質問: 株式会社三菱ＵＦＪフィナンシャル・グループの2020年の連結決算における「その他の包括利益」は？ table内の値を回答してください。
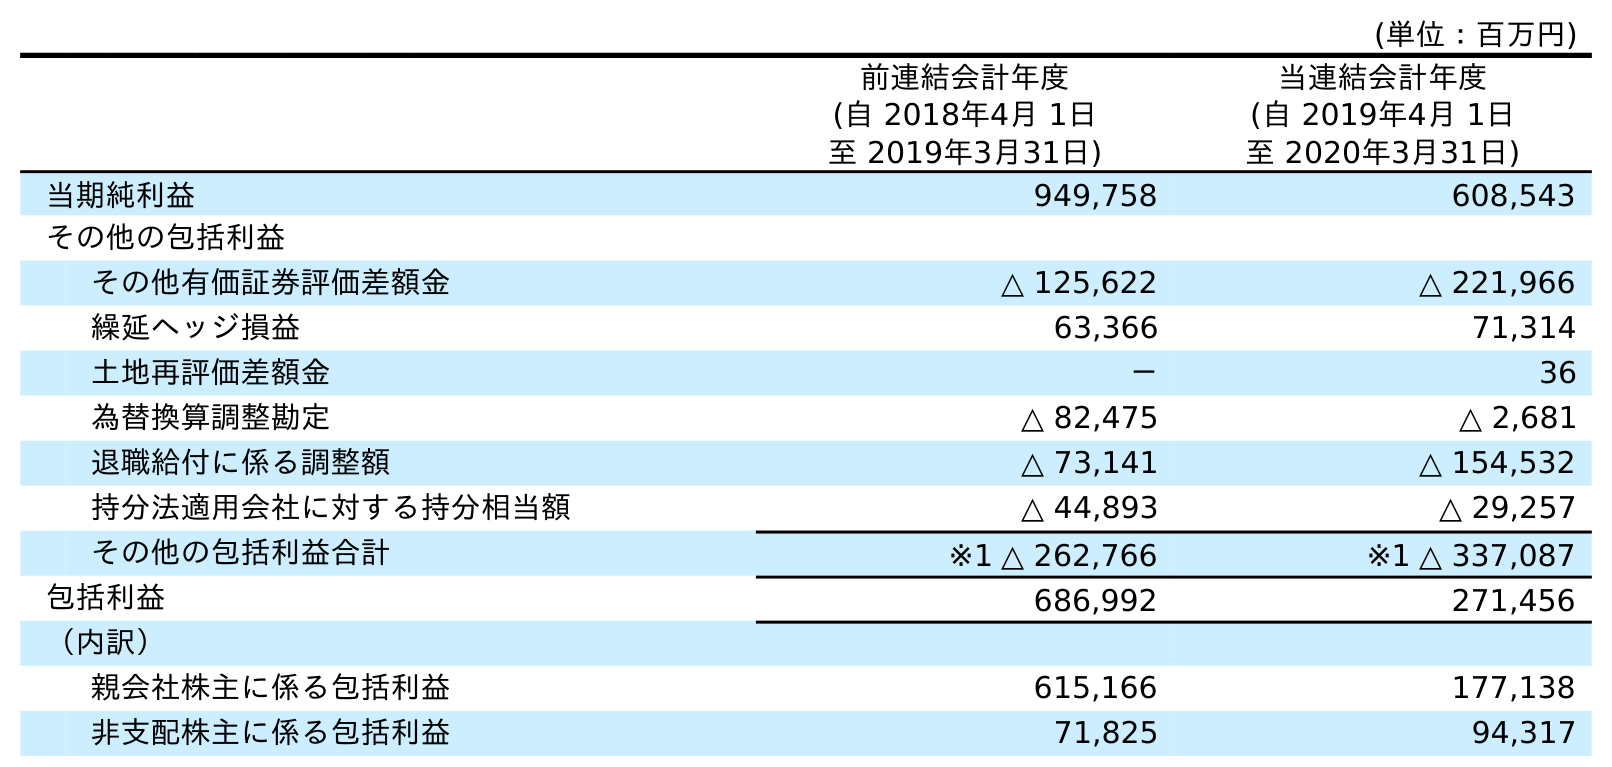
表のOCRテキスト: (単位：百万円) 前連結会計年度 (自 2018年4月 1日 至 2019年3月31日) 当連結会計年度 (自 2019年4月 1日 至 2020年3月31日) 当期純利益 949,758 608,543 その他の包括利益 その他有価証券評価差額金 △ 125,622 △ 221,966 繰延ヘッジ損益 63,366 71,314 土地再評価差額金 － 36 為替換算調整勘定 △ 82,475 △ 2,681 退職給付に係る調整額 △ 73,141 △ 154,532 持分法適用会社に対する持分相当額 △ 44,893 △ 29,257 その他の包括利益合計 ※1 △ 262,766 ※1 △ 337,087 包括利益 686,992 271,456 （内訳） 親会社株主に係る包括利益 615,166 177,138 非支配株主に係る包括利益 71,825 94,317
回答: ※1△337,087